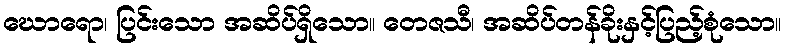
ဃောရော၊ ပြင်းသော အဆိပ်ရှိသော။ တေဇသီ၊ အဆိပ်တန်ခိုးနှင့်ပြည့်စုံသော။